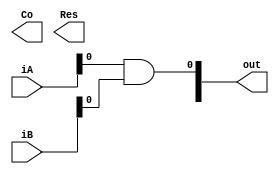
module MULTIPLICADOR3 # (parameter SIZE=16)
(
	input wire [SIZE-1:0] iA,
	input wire [SIZE-1:0] iB,
	output wire Co,
	output wire [SIZE:0] Res,
	output wire [2*SIZE-1:0] out
);
wire [SIZE-1:0] Ci; // Considerar si se ocupa o no

// module mul1bit(
// 	output wire wResult,
// 	output wire CarryOut,
// 	input wire CarryIn,
// 	input wire 	 A,
// 	input wire 	 B
// 	);


// mul1bit celda(
// 	.wResult(Res),
// 	.CarryOut(Co),
// 	.CarryIn(Ci), // Considerar si se ocupa o no
// 	.A(iA),
// 	.B(iB)
// 	);

	genvar i,j; // Variables que usan los FOR statement para instanciar en compilación cada bloque
	generate
		for (i=0; i<SIZE-1; i=i+1) begin
			if (i==0) begin
				assign out[0] = iA[0]&iB[0];

			end
			else begin : CELL
				for (j=0; j<SIZE-1; j=j+1) begin


				end
			end
		end
	endgenerate

endmodule